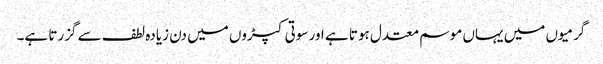
گرمیوں میں یہاں موسم معتدل ہوتا ہے اور سوتی کپڑوں میں دن زیادہ لطف سے گزرتا ہے۔